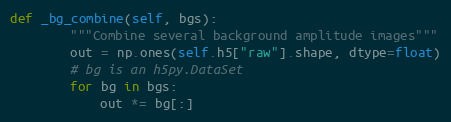
Language: Python
def _bg_combine(self, bgs):
        """Combine several background amplitude images"""
        out = np.ones(self.h5["raw"].shape, dtype=float)
        # bg is an h5py.DataSet
        for bg in bgs:
            out *= bg[:]